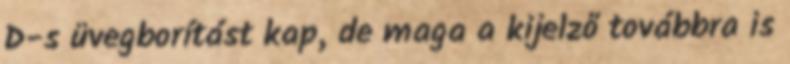
D-s üvegborítást kap, de maga a kijelző továbbra is